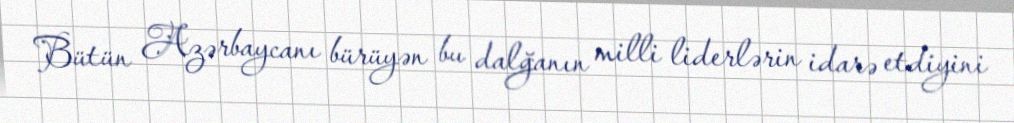
Bütün Azərbaycanı bürüyən bu dalğanın milli liderlərin idarə etdiyini